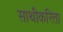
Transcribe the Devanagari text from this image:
साथीकरिता